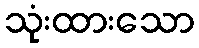
သုံးထားသော